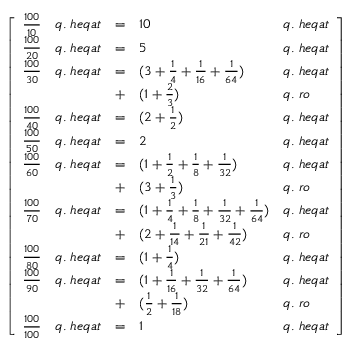
{ \left[ \begin{array} { l l l l l } { { \frac { 1 0 0 } { 1 0 } } } & { q . \; h e q a t } & { = } & { 1 0 } & { q . \; h e q a t } \\ { { \frac { 1 0 0 } { 2 0 } } } & { q . \; h e q a t } & { = } & { 5 } & { q . \; h e q a t } \\ { { \frac { 1 0 0 } { 3 0 } } } & { q . \; h e q a t } & { = } & { ( 3 + { \frac { 1 } { 4 } } + { \frac { 1 } { 1 6 } } + { \frac { 1 } { 6 4 } } ) } & { q . \; h e q a t } \\ & & { + } & { ( 1 + { \frac { 2 } { 3 } } ) } & { q . \; r o } \\ { { \frac { 1 0 0 } { 4 0 } } } & { q . \; h e q a t } & { = } & { ( 2 + { \frac { 1 } { 2 } } ) } & { q . \; h e q a t } \\ { { \frac { 1 0 0 } { 5 0 } } } & { q . \; h e q a t } & { = } & { 2 } & { q . \; h e q a t } \\ { { \frac { 1 0 0 } { 6 0 } } } & { q . \; h e q a t } & { = } & { ( 1 + { \frac { 1 } { 2 } } + { \frac { 1 } { 8 } } + { \frac { 1 } { 3 2 } } ) } & { q . \; h e q a t } \\ & & { + } & { ( 3 + { \frac { 1 } { 3 } } ) } & { q . \; r o } \\ { { \frac { 1 0 0 } { 7 0 } } } & { q . \; h e q a t } & { = } & { ( 1 + { \frac { 1 } { 4 } } + { \frac { 1 } { 8 } } + { \frac { 1 } { 3 2 } } + { \frac { 1 } { 6 4 } } ) } & { q . \; h e q a t } \\ & & { + } & { ( 2 + { \frac { 1 } { 1 4 } } + { \frac { 1 } { 2 1 } } + { \frac { 1 } { 4 2 } } ) } & { q . \; r o } \\ { { \frac { 1 0 0 } { 8 0 } } } & { q . \; h e q a t } & { = } & { ( 1 + { \frac { 1 } { 4 } } ) } & { q . \; h e q a t } \\ { { \frac { 1 0 0 } { 9 0 } } } & { q . \; h e q a t } & { = } & { ( 1 + { \frac { 1 } { 1 6 } } + { \frac { 1 } { 3 2 } } + { \frac { 1 } { 6 4 } } ) } & { q . \; h e q a t } \\ & & { + } & { ( { \frac { 1 } { 2 } } + { \frac { 1 } { 1 8 } } ) } & { q . \; r o } \\ { { \frac { 1 0 0 } { 1 0 0 } } } & { q . \; h e q a t } & { = } & { 1 } & { q . \; h e q a t } \end{array} \right] }